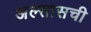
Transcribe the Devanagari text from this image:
अल्सासची